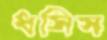
ধসিস